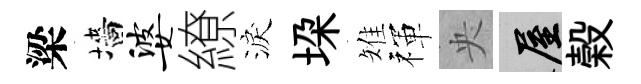
梁墻婆繚淚垜雉禈央屋榖